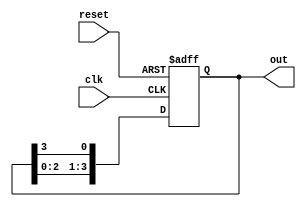
module ring_counter #(parameter N = 4) (
    input wire clk,          // Clock signal
    input wire reset,        // Asynchronous reset
    output reg [N-1:0] out   // Output representing the current state
);

    // Initial state: Only the first flip-flop is set to '1'
    initial begin
        out = 1'b1;          // Set the first flip-flop to '1'
    end

    always @(posedge clk or posedge reset) begin
        if (reset) begin
            out <= 1'b1;      // Reset the counter to the initial state
        end else begin
            // Shift the '1' to the next flip-flop
            out <= {out[N-2:0], out[N-1]};
        end
    end
endmodule